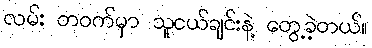
လမ်း တဝက်မှာ သူငယ်ချင်းနဲ့ တွေ့ခဲ့တယ်။